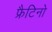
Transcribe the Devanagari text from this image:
फ्रैटिनो